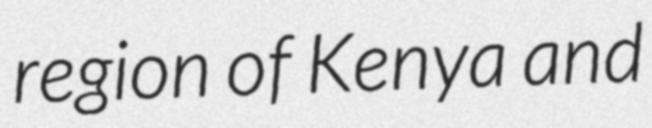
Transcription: region of Kenya and